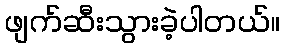
ဖျက်ဆီးသွားခဲ့ပါတယ်။